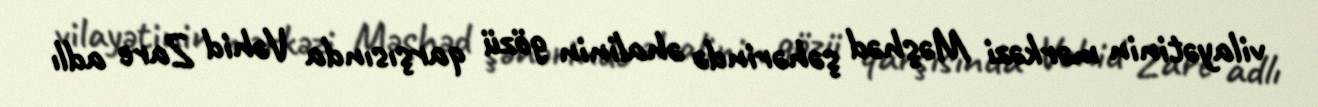
vilayətinin mərkəzi Məşhəd şəhərində əhalinin gözü qarşısında Vəhid Zare adlı